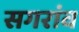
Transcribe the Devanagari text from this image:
सगरांव